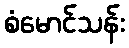
စံမောင်သန်း